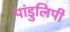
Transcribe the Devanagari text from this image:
पांडुलिपी